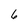
Character: 6